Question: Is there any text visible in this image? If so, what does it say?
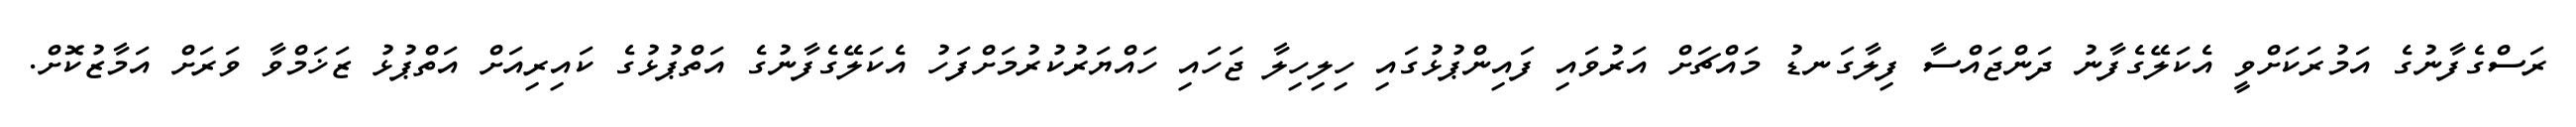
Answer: ރަސްގެފާނުގެ އަމުރަކަށްވީ އެކަލޭގެފާނު ދަންޖައްސާ ފިލާގަނޑު މައްޗަށް އަރުވައި ފައިންޕުޅުގައި ހިލިހިލާ ޖަހައި ހައްޔަރުކުރުމަށްފަހު އެކަލޭގެފާނުގެ އަތްޕުޅުގެ ކައިރިއަށް އަތްޕުޅު ޒަޚަމްވާ ވަރަށް އަމާޒުކޮށް.